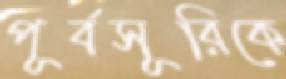
পূর্বসূরিকে